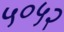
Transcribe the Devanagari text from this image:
५०५२